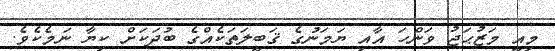
މިއީ މަޒުޙަޖު ވަންހަ އާއި ޔަމަނުގެ ޤަބީލަތަކެއްގެ ބުދަކަށް ކިޔާ ނަމެކެވެ.